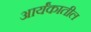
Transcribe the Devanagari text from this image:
आर्यंकातील